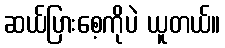
ဆယ်ပြားစေ့ကိုပဲ ယူတယ်။